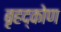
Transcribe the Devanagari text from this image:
बृहद्कोण